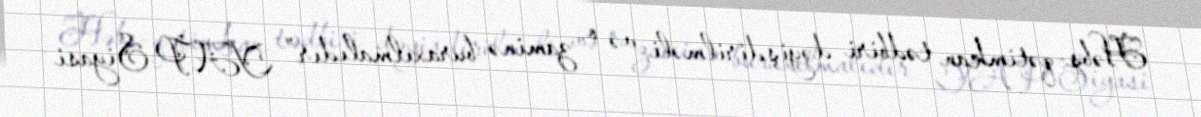
Həbs-qətimkan tədbiri dəyişdirilməli və o, zaminə buraxılmalıdır” YAP Siyasi